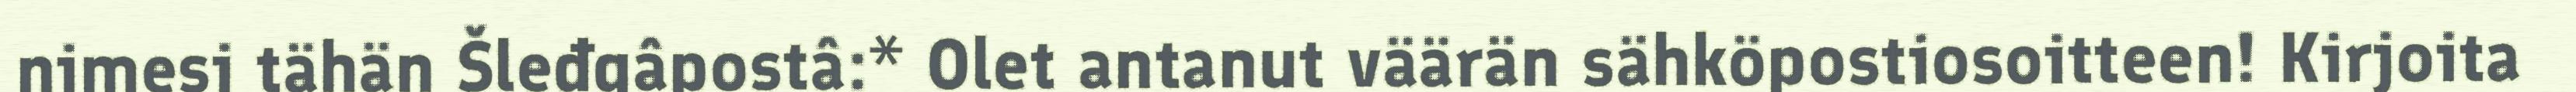
nimesi tähän Šleđgâpostâ:* Olet antanut väärän sähköpostiosoitteen! Kirjoita